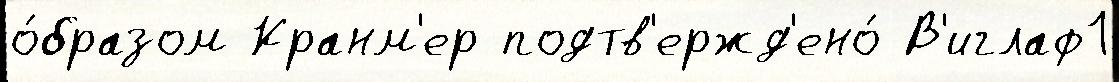
о́бразом Кранм'ер подтв'ержд'ено́ В'иглаф1